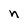
Character: n